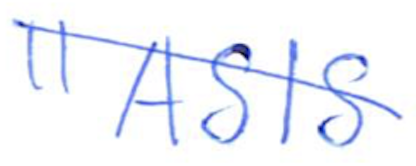
Text: "ASIS
Cross-out: diagonal
Writing tool: ballpoint